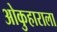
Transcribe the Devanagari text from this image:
ओकुहाराला